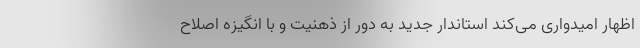
اظهار امیدواری می‌کند استاندار جدید به دور از ذهنیت و با انگیزه اصلاح